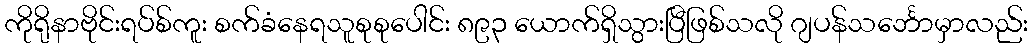
ကိုရိုနာဗိုင်းရပ်စ်ကူး စက်ခံနေရသူစုစုပေါင်း ၈၉၃ ယောက်ရှိသွားပြီဖြစ်သလို ဂျပန်သင်္ဘောမှာလည်း